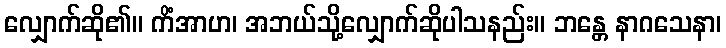
လျှောက်ဆို၏။ ကိံအာဟ၊ အဘယ်သို့လျှောက်ဆိုပါသနည်း။ ဘန္တေ နာဂသေနာ၊